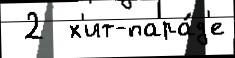
 2  х'ит-пара́д'е